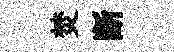
焚断